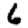
Digit: 6